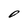
Character: O